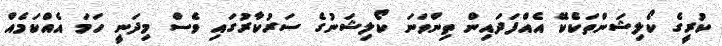
ކުރީގެ ކޯލިޝަންތަކެކޭ އެއްފަދައިން ތިންވަނަ ކޯލިޝަނުގެ ސަރުކާރުގައި ވެސް މިދަނީ ހަމަ އެއްކަމެއް